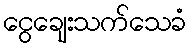
ငွေချေးသက်သေခံ